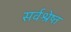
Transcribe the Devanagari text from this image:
सर्वश्रेष्त